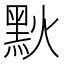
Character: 𪐩